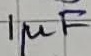
Text: 1µF